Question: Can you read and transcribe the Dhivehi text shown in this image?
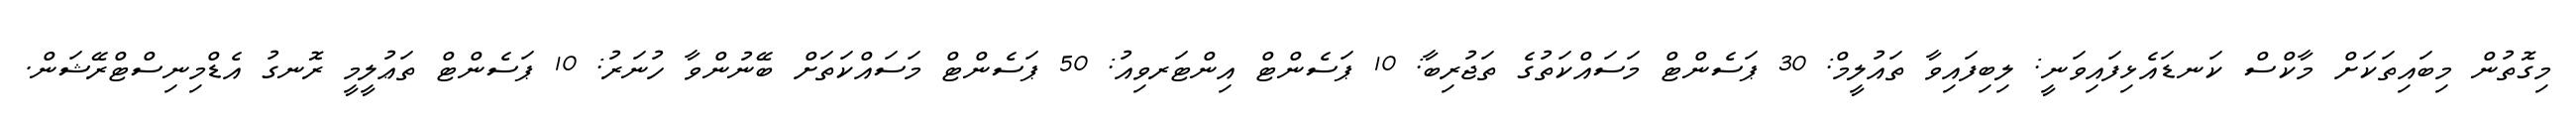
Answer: މިގޮތުން މިބައިތަކަށް މާކްސް ކަނޑައެޅިފައިވަނީ: ލިބިފައިވާ ތައުލީމް: 30 ޕަސެންޓް މަސައްކަތުގެ ތަޖުރިބާ: 10 ޕަސެންޓް އިންޓަރވިއު: 50 ޕަސެންޓް މަސައްކަތަށް ބޭނުންވާ ހުނަރު: 10 ޕަސެންޓް ތަޢުލީމީ ރޮނގު އެޑްމިނިސްޓްރޭޝަން.